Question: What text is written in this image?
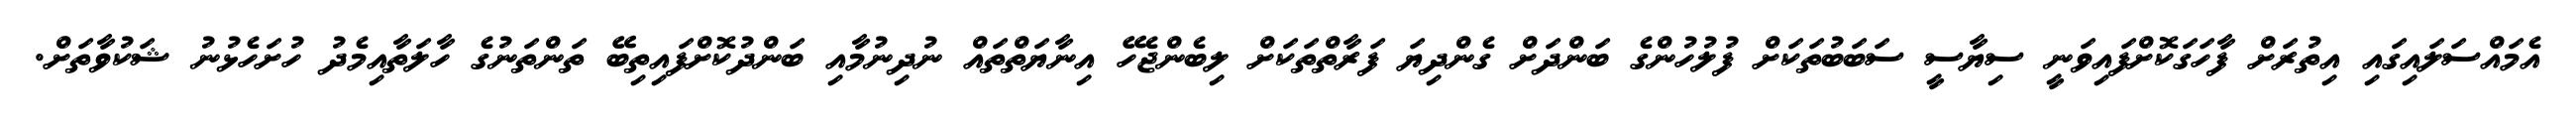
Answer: އެމައްސަލައިގައި އިތުރަށް ފާހަގަކޮށްފައިވަނީ ސިޔާސީ ސަބަބުތަކަށް ފުލުހުންގެ ބަންދަށް ގެންދިޔަ ފަރާތްތަކަށް ލިބެންޖެހޭ އިނާޔަތްތައް ނުދިނުމާއި ބަންދުކޮށްފައިތިބޭ ތަންތަނުގެ ހާލަތާއިމެދު ހުށަހެޅުނު ޝަކުވާތަށް.